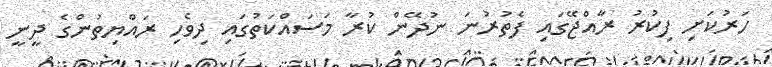
ހަރުކަށި ފިކުރު ރާއްޖޭގައި ފެތުރުނަ ނުދޭން ކުރާ މަސައްކަތުގައި ދިވެހި ރައްޔިތުންގެ ދީނީ